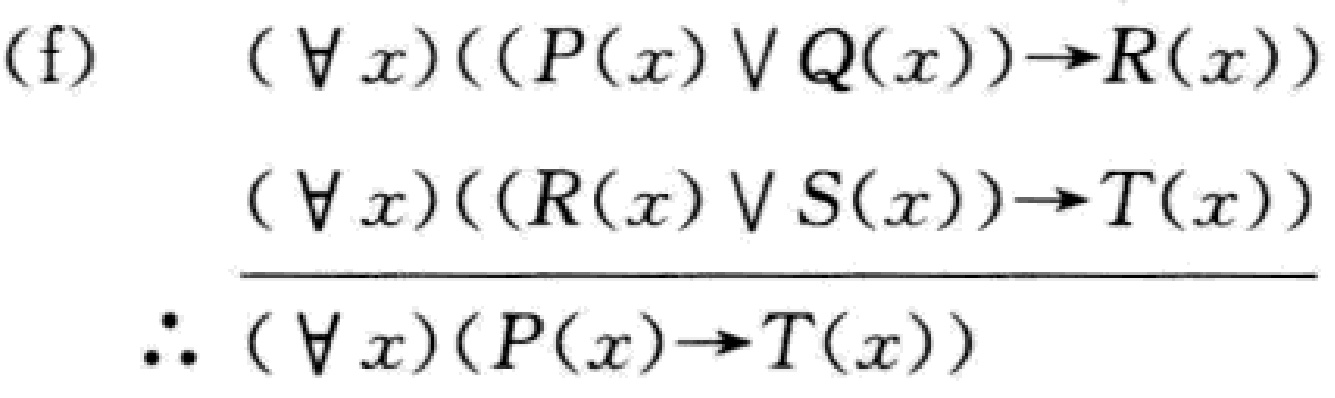
(f) \[

\begin{align*}

&(\forall x)((P(x) \vee Q(x))\to R(x))\\

&(\forall x)((R(x) \vee S(x))\to T(x))\\

&\hline

\therefore\ &(\forall x)(P(x)\to T(x))

\end{align*}

\]